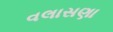
વલાસણા